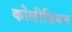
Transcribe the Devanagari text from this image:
कोलीज़ियम